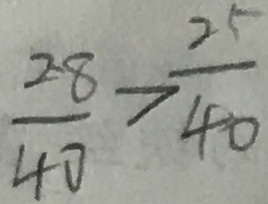
\frac { 2 8 } { 4 0 } > \frac { 2 5 } { 4 0 }